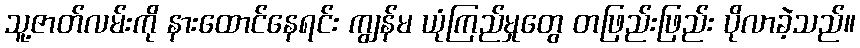
သူ့ဇာတ်လမ်းကို နားထောင်နေရင်း ကျွန်မ ယုံကြည်မှုတွေ တဖြည်းဖြည်း ပိုလာခဲ့သည်။